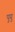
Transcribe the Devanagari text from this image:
पुयु